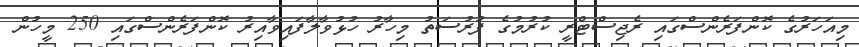
މިއަހަރުގެ ކޮންފަރެންސްގައި ރެޖިސްޓްރީ ކުރުމުގެ ފުރުސަތު މިހާރު ހުޅުވާލާފައިވާއިރު ކޮންފަރެންސްގައި 250 މީހުން